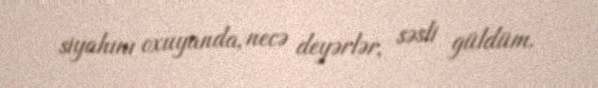
siyahını oxuyanda, necə deyərlər, səsli güldüm.